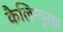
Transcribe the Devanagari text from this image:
कैलिग्युला